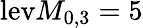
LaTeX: \mathrm{lev}M_{0,3}=5